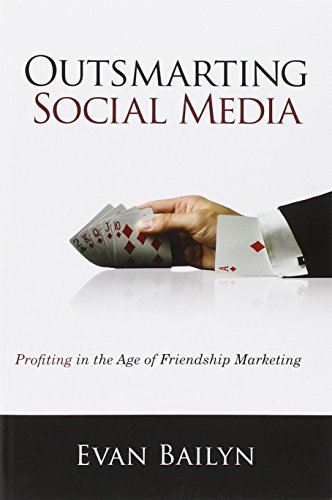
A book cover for Outsmarting Social Media: Profiting in the Age of Friendship Marketing; Evan Bailyn; Computers & Technology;